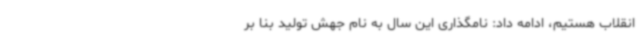
انقلاب هستیم، ادامه داد: نامگذاری این سال به نام جهش تولید بنا بر